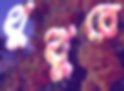
থুত্থুরে